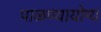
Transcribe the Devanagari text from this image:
पाळण्यायोग्य